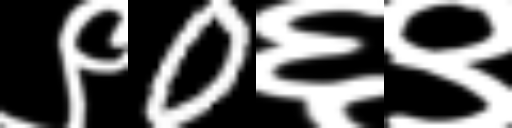
Text: ९0६९